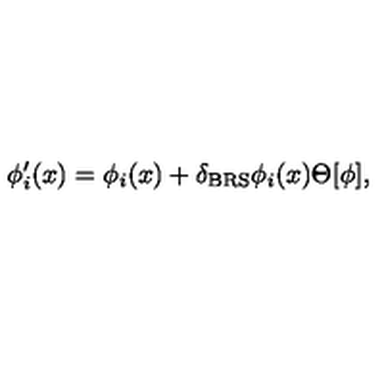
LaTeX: \phi _ { i } ^ { \prime } ( x ) = \phi _ { i } ( x ) + \delta _ { \mathrm { B R S } } \phi _ { i } ( x ) \Theta [ \phi ] ,